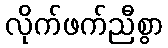
လိုက်ဖက်ညီစွာ